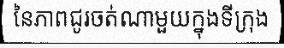
នៃភាពជូរចត់ណាមួយក្នុងទីក្រុង